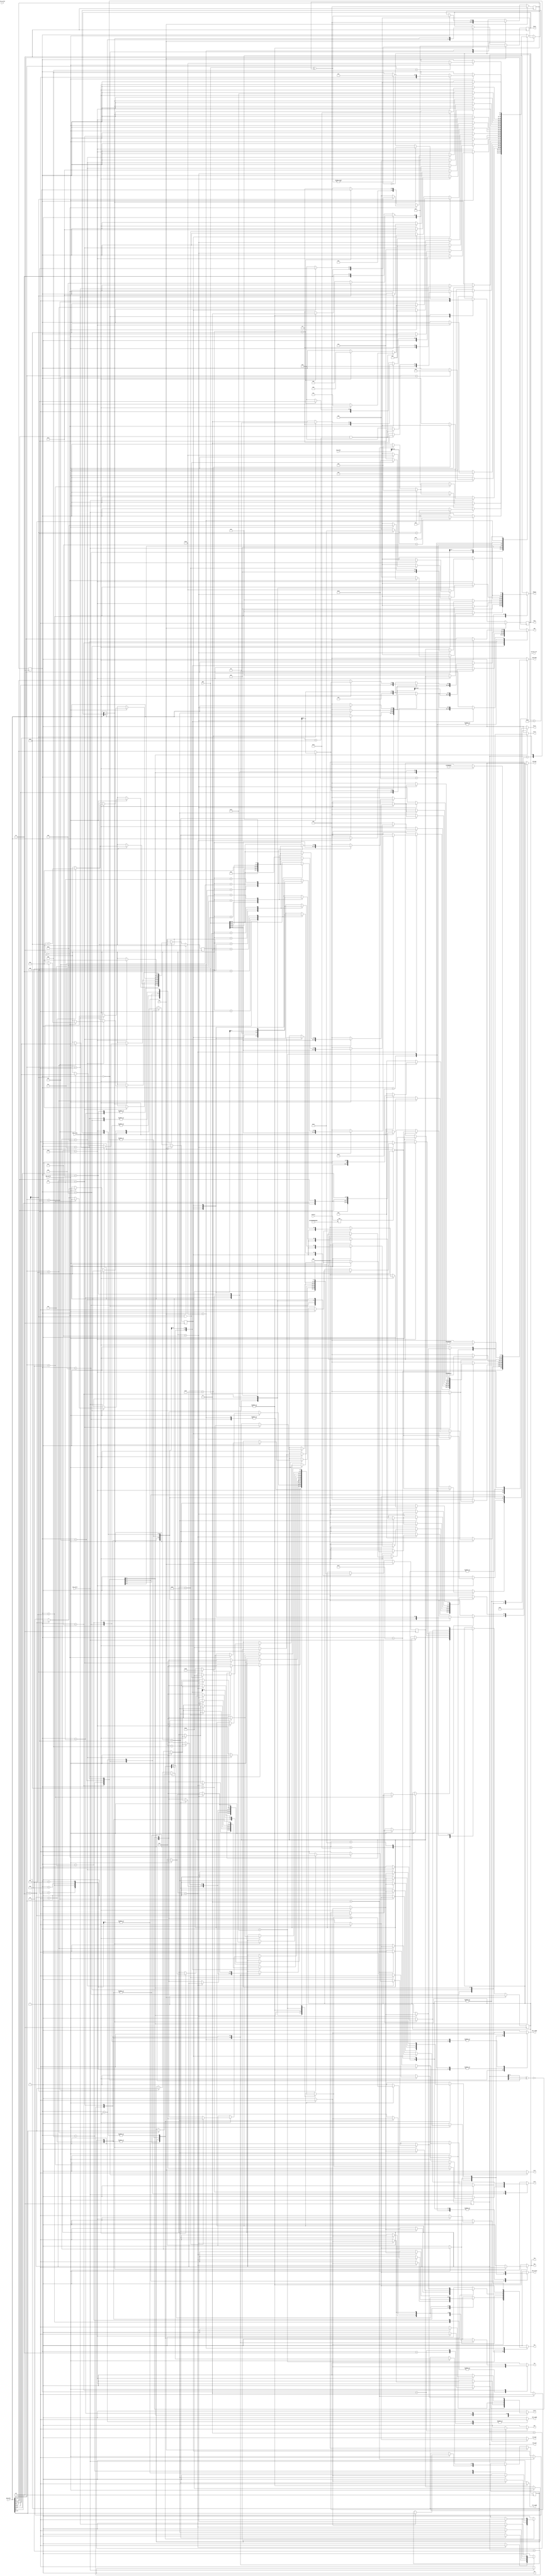
module api (/*AUTOARG*/
   // Outputs
   pdo_data, pdi, pdi_ready, sdi_ready, rdi_ready, pdo_valid, do_last,
   domain, decrypt, swr, srst, kwr, ken, kcrct, twr, ten, tcrct, crst,
   cen, ccrct, correct_cnt, rnd_cnst, tbcen, tk1s,
   // Inputs
   counter, pdi_data, pdo, sdi_data, pdi_valid, sdi_valid, rdi_valid,
   pdo_ready, clk, rst
   ) ;

   // Skinny Final Round Constant
   parameter FINCONST    = 7'b011010;
   // Block Counter Initial Constant
   parameter INITCTR     = 56'h02000000000000;
   parameter INITCTR2    = 56'h01000000000000;
   
   // API Commands : HASH not supported yet.    
   parameter ENC         = 4'h2;
   parameter DEC         = 4'h3;
   parameter LDKEY       = 4'h4;
   parameter ACTKEY      = 4'h7;
   parameter HASH        = 4'h8;
   parameter SUCCESS     = 4'he;
   parameter FAILURE     = 4'hf;

   // Segment Types : only AD, Npub, Ptxt, Ctxt
   // and Tg are supported.
   parameter RSVRD0      = 4'h0;
   parameter AD          = 4'h1;
   parameter NpubAD      = 4'h2;
   parameter ADNpub      = 4'h3;
   parameter Ptxt        = 4'h4;
   parameter Ctxt        = 4'h5;
   parameter CtxtTg      = 4'h6;
   parameter HshMsg      = 4'h7;
   parameter Tg          = 4'h8;
   parameter HshVlu      = 4'h9;
   parameter Length      = 4'ha;
   parameter RSVRD1      = 4'hb;
   parameter Key         = 4'hc;
   parameter Npub        = 4'hd;
   parameter Nsec        = 4'he;
   parameter EncNsec     = 4'hf;
   
   // Mode Domains              
   parameter adnormal    =  8;
   parameter adfinal     = 24;
   parameter adpadded    = 26;
   parameter msgnormal   =  4;
   parameter msgfinal    = 20;
   parameter msgpadded   = 21; 

   // FSM States
   parameter idle        =  0;
   parameter loadkey     =  1;
   parameter keyheader   =  2;
   parameter storekey    =  3;
   parameter nonceheader =  4;
   parameter storen      =  5;
   parameter adheader    =  6;
   parameter adheader2   =  7;
   parameter msgheader   =  8;
   parameter storeadsf   =  9;
   parameter storeadtf   = 10;
   parameter storeadsp   = 11;
   parameter storeadtp   = 12;
   parameter storemf     = 13;
   parameter storemp     = 14;
   parameter encryptad   = 15;
   parameter encryptn    = 16;
   parameter encryptm    = 17;
   parameter outputtag0  = 18;
   parameter outputtag1  = 19;   
   parameter verifytag0  = 20;
   parameter verifytag1  = 21;
   parameter statuse     = 22;  
   parameter statusdf    = 23;  
   parameter statusds    = 24;

   output reg [31:0] pdo_data, pdi;
   output reg        pdi_ready, sdi_ready, rdi_ready, pdo_valid, do_last;

   output reg [7:0]  domain;
   output reg [3:0]  decrypt;
   output reg        swr, srst;
   output reg        kwr, ken, kcrct;
   output reg        twr, ten, tcrct;
   output reg        crst, cen, ccrct;
   output reg        correct_cnt;
   output reg [5:0]  rnd_cnst;
   output reg [4:0]  tbcen;
   output reg        tk1s;
   
   input [55:0]      counter;   
   input [31:0]      pdi_data, pdo, sdi_data;
   input             pdi_valid, sdi_valid, rdi_valid, pdo_ready;

   input             clk, rst;

   reg [31:0] 	     tag_acc, tag_accn;   
   reg [4:0]         fsm, fsmn;
   reg [15:0]        seglen, seglenn;  
   reg [3:0]         flags, flagsn;
   reg               dec, decn;
   reg [7:0]         nonce_domain, nonce_domainn;
   reg [5:0]         cnt, cntn;
   reg [4:0]         tbcenn;   
   reg               correct_cntn;
   reg               st0, st0n;
   reg               c2, c2n;
   reg               tk1sn;

   wire [31:0] 	     final_tag_acc;   
   wire [3:0]        cmd, scmd;

   assign cmd  = pdi_data[31:28];
   assign scmd = sdi_data[31:28];  

   assign final_tag_acc = pdo ^ tag_acc; 

   always @ (posedge clk) begin
      if (rst) begin
         fsm          <= idle;
         seglen       <= 0;
         flags        <= 0;
         dec          <= 0;
         correct_cnt  <= 1;
         cnt          <= 6'h01;   
         st0          <= 0;
         c2           <= 0;        
         tk1s         <= 1;  
         tbcen        <= 5'h01;         
         nonce_domain <= adpadded; 
	 tag_acc <= 0;	 
      end
      else begin
         fsm          <= fsmn;
         seglen       <= seglenn;
         flags        <= flagsn;
         dec          <= decn;
         cnt          <= cntn;    
         nonce_domain <= nonce_domainn;
         st0          <= st0n;
         c2           <= c2n;
         tk1s         <= tk1sn;
         tbcen        <= tbcenn;        
         correct_cnt  <= correct_cntn;
	 tag_acc <= tag_accn;	 
      end
   end // always @ (posedge clk)

   always @ ( /*AUTOSENSE*/c2 or cmd or cnt or correct_cnt or counter
	     or dec or final_tag_acc or flags or fsm or nonce_domain
	     or pdi_data or pdi_valid or pdo or pdo_ready or scmd
	     or sdi_valid or seglen or st0 or tag_acc or tbcen or tk1s) begin
      pdo_data      <= 0;      
      pdi           <= pdi_data;    
      do_last       <= 0;               
      domain        <= 0;
      decrypt       <= 0;
      swr           <= 0;
      srst          <= 0;
      kwr           <= 0;
      ken           <= 0;
      kcrct         <= 0;
      twr           <= 0;
      ten           <= 0;
      tcrct         <= 0;
      crst          <= 0;
      cen           <= 0;
      ccrct         <= 0;
      tbcenn        <= tbcen;
      tk1sn         <= tk1s;      
      sdi_ready     <= 0;
      pdi_ready     <= 0;
      rdi_ready     <= 0;      
      pdo_valid     <= 0;
      nonce_domainn <= nonce_domain;      
      fsmn          <= fsm;
      seglenn       <= seglen; 
      flagsn        <= flags;
      decn          <= dec;
      correct_cntn  <= correct_cnt;
      st0n          <= st0;
      c2n           <= c2;           
      cntn          <= cnt;
      rnd_cnst      <= cnt;
      tag_accn      <= tag_acc;      
      case (fsm)
        idle: begin
           pdi_ready <= 1;
           srst <= 1;
           tk1sn <= 1;     
           nonce_domainn <= adpadded;
	   tag_accn <= 0;	   
           if (pdi_valid) begin
              if (cmd == ACTKEY) begin
                 fsmn <= loadkey;                
              end
              else if (cmd == ENC) begin
                 crst <= 1;
                 correct_cntn <= 1;
                 decn <= 0;
                 fsmn <= adheader;                  
              end
              else if (cmd == DEC) begin
                 crst <= 1;
                 correct_cntn <= 1;
                 decn <= 1;
                 fsmn <= adheader;                  
              end
           end     
        end // case: idle
        loadkey: begin
           sdi_ready <= 1;         
           if (sdi_valid) begin
              if (scmd == LDKEY) begin
                 fsmn <= keyheader;              
              end
           end
           else begin
              pdi_ready <= 1;
              if (pdi_valid) begin
                 if (cmd == ENC) begin
                    crst <= 1;
                    correct_cntn <= 1;
                    decn <= 0;
                    fsmn <= adheader;               
                 end
                 else if (cmd == DEC) begin
                    crst <= 1;
                    correct_cntn <= 1;
                    decn <= 1;
                    fsmn <= adheader;               
                 end
              end // if (pdi_valid)           
           end // else: !if(sdi_valid)     
        end // case: loadkey
        keyheader: begin
           sdi_ready <= 1;
           if (sdi_valid) begin
              if (scmd == Key) begin
                 fsmn <= storekey;               
              end
           end
        end // case: keyheader
        storekey: begin
           sdi_ready <= 1;
           if (sdi_valid) begin
              kwr <= 1;
              if (cnt == 6'h1f) begin
                 cntn <= 6'h01;
                 fsmn <= idle;
              end
              else begin
                 cntn <= {cnt[4:0], cnt[5]^cnt[4]^1'b1};
              end
           end
        end // case: storekey
        nonceheader: begin
           pdi_ready <= 1;
           if (pdi_valid) begin              
              if (cmd == Npub) begin
                 fsmn <= storen;             
              end             
           end
        end // case: nonceheader
        storen: begin
           pdi_ready <= 1;
           if (pdi_valid) begin
              twr <= 1;
              if (cnt == 6'h3b) begin
                 domain <= nonce_domain;
                 cntn <= 6'h01;
                 fsmn <= encryptn;
              end
           end
           else begin
              cntn <= {cnt[4:0], cnt[5]^cnt[4]^1'b1};                
           end
        end // case: storen
        adheader: begin
           pdi_ready <= 1;
           if (pdi_valid) begin
              if (cmd == AD) begin
                 seglenn <= pdi_data[15:0];
                 flagsn <= pdi_data[27:24];              
                 if ((pdi_data[25] == 1) && (pdi_data[15:0] < 16)) begin
                    fsmn <= storeadsp;
                 end
                 else begin
                    fsmn <= storeadsf;
                 end
              end             
           end // if (pdi_valid)           
        end // case: adheader
        adheader2: begin
           pdi_ready <= 1;
           if (pdi_valid) begin              
              if (cmd == AD) begin
                 seglenn <= pdi_data[15:0];
                 flagsn <= pdi_data[27:24];              
                 if ((pdi_data[25] == 1) && (pdi_data[15:0] < 16)) begin
                    fsmn <= storeadtp;
                 end
                 else begin
                    fsmn <= storeadtf;
                 end
              end             
           end
        end // case: adheader2
        storeadsf: begin    
       	   if (pdi_valid) begin
	      pdi_ready <= 1;           
	      swr <= 1;
	      if (cnt == 5'h01) begin
                 seglenn <= seglen - 16;
	      end       
	      if (cnt == 6'h3b) begin
                 if (counter != INITCTR2) begin
                    kcrct <= 1;
                 end 
                 cntn <= 6'h01;
                 ccrct <= 1;
                 if (seglen == 0) begin          
                    if (flags[1] == 1) begin
		       fsmn <= nonceheader;
		       nonce_domainn <= adfinal;
		       domain <= adfinal;                   
                    end
                    else begin
		       fsmn <= adheader2;
		       domain <= adnormal;                  
                    end
                 end
                 else if (seglen < 16) begin
                    fsmn <= storeadtp;
                    domain <= adnormal;
                 end
                 else begin
                    fsmn <= storeadtf;
                    domain <= adnormal;
                 end
	      end // if (cnt == 6'h3b)
	      else begin
                 cntn <= {cnt[4:0], cnt[5]^cnt[4]^1'b1};                
	      end // else: !if(cnt == 6'h3b)
	   end // if (pdi_valid)	      	   
        end // case: storeadsf  
        storeadsp: begin
           case (cnt) 
             6'h01: begin
                if (seglen > 0) begin                   
                   if (pdi_valid) begin
                      pdi_ready <= 1;
                      swr <= 1;
                      cntn <= {cnt[4:0], cnt[5]^cnt[4]^1'b1};           
                   end                     
                end // if (seglen >= 0)
                else begin
                   pdi <= 0;               
                   swr <= 1;
                   cntn <= {cnt[4:0], cnt[5]^cnt[4]^1'b1};
                end // else: !if(seglen >= 0)
             end // case: 6'h01      
             6'h03: begin
                if (seglen > 0) begin                   
                   if (pdi_valid) begin
                      pdi_ready <= 1;
                      swr <= 
                      cntn <= {cnt[4:0], cnt[5]^cnt[4]^1'b1};           
                   end                     
                end // if (seglen >= 0)
                else begin
                   pdi <= 0;               
                   swr <= 1;
                   cntn <= {cnt[4:0], cnt[5]^cnt[4]^1'b1};
                end             
             end // case: 6'h03
             6'h07: begin
                if (seglen > 4) begin
                   if (pdi_valid) begin
		      pdi_ready <= 1;
		      swr <= 1;
		      cntn <= {cnt[4:0], cnt[5]^cnt[4]^1'b1};           
                   end                     
                end // if (seglen >= 0)
                else begin
		   pdi <= 0;               
		   swr <= 1;
		   cntn <= {cnt[4:0], cnt[5]^cnt[4]^1'b1};
		end // else: !if(seglen > 4)
	     end // case: 6'h07	     
             6'h0f: begin
		if (seglen > 4) begin
                   if (pdi_valid) begin
		      pdi_ready <= 1;
		      swr <= 1;
		      cntn <= {cnt[4:0], cnt[5]^cnt[4]^1'b1};           
                   end                     
                end // if (seglen >= 0)
                else begin
		   pdi <= 0;               
		   swr <= 1;
		   cntn <= {cnt[4:0], cnt[5]^cnt[4]^1'b1};
		end // else: !if(seglen > 4)
             end // case: 6'h0f      
             6'h1f: begin
                if (seglen > 8) begin
		   if (pdi_valid) begin
		      pdi_ready <= 1;
		      swr <= 1;
		      cntn <= {cnt[4:0], cnt[5]^cnt[4]^1'b1};           
                   end                 
                end // if (seglen >= 0)
                else begin
		   pdi <= 0;               
		   swr <= 1;
		   cntn <= {cnt[4:0], cnt[5]^cnt[4]^1'b1};
                end // else: !if(seglen > 8)		
             end // case: 6'h1f      
             6'h3e: begin
		if (seglen > 8) begin
		   if (pdi_valid) begin
		      pdi_ready <= 1;		      
		      swr <= 1;
		      cntn <= {cnt[4:0], cnt[5]^cnt[4]^1'b1};           
                   end                 
                end // if (seglen >= 0)
                else begin		   
		   pdi <= 0;               
		   swr <= 1;
		   cntn <= {cnt[4:0], cnt[5]^cnt[4]^1'b1};
                end // else: !if(seglen > 8)
             end // case: 6'h3e
             6'h3d: begin
                if (seglen > 12) begin
                   pdi_ready <= 1;                 
                   if (pdi_valid) begin                      
                      swr <= 1;
                      cntn <= {cnt[4:0], cnt[5]^cnt[4]^1'b1};           
                   end                     
                end // if (seglen >= 0)
                else begin
                   pdi <= 0;               
                   swr <= 1;
                   cntn <= {cnt[4:0], cnt[5]^cnt[4]^1'b1};                                 
                end // else: !if(seglen >= 0)
             end // case: 6'h3d                   
             6'h3b: begin
                seglenn <= 0;
                if (seglen > 12) begin
                   pdi_ready <= 1;
                   if (pdi_valid) begin
                      if (counter != INITCTR2) begin
                         kcrct <= 1;
                      end                       
                      pdi <= {pdi_data[31:4],seglen[3:0]};                                 
                      swr <= 1;
                      ccrct <= 1;
                      domain <= adpadded;
                      nonce_domainn <= adpadded;                      
                      cntn <= 6'h01;
                      fsmn <= nonceheader;                    
                   end                     
                end // if (seglen >= 0)
                else begin
                   if (counter != INITCTR2) begin
                      kcrct <= 1;
                   end 
                   pdi <= {28'h0,seglen[3:0]};                  
                   swr <= 1;
                   ccrct <= 1;             
                   domain <= nonce_domain;
                   nonce_domainn <= adpadded;                 
                   cntn <= 6'h01;
                   fsmn <= nonceheader;               
                end                             
             end // case: 6'h0F      
           endcase // case (cnt)              
        end // case: storeadsp
        storeadtf: begin
           if (pdi_valid) begin
              pdi_ready <= 1; 
              twr <= 1;       
              if (cnt == 5'h01) begin
                 seglenn <= seglen - 16;
              end                                 
              if (cnt == 6'h0f) begin
                 cntn <= 6'h01;
                 if (flags[1] == 1) begin
                    nonce_domainn <= adfinal;                 
                 end
                 fsmn <= encryptad;
              end
              else begin
                 cntn <= {cnt[4:0], cnt[5]^cnt[4]^1'b1};                
              end
           end     
        end // case: storeadtf
        storeadtp: begin
           case (cnt) 
             6'h01: begin
                if (seglen > 0) begin
                   pdi_ready <= 1;                 
                   if (pdi_valid) begin                      
                      twr <= 1;
                      cntn <= {cnt[4:0], cnt[5]^cnt[4]^1'b1};           
                   end                     
                end 
                else begin
                   pdi <= 0;
                   twr <= 1;
                   cntn <= {cnt[4:0], cnt[5]^cnt[4]^1'b1};                                 
                end 
             end // case: 6'h01      
             6'h03: begin
                if (seglen > 4) begin
                   pdi_ready <= 1;
                   if (pdi_valid) begin
                      twr <= 1;
                      cntn <= {cnt[4:0], cnt[5]^cnt[4]^1'b1};           
                   end                     
                end 
                else begin
                   pdi <= 0;
                   twr <= 1;
                   cntn <= {cnt[4:0], cnt[5]^cnt[4]^1'b1};
                end
             end // case: 6'h03      
             6'h07: begin
                if (seglen > 8) begin
                   pdi_ready <= 1;                 
                   if (pdi_valid) begin                      
                      twr <= 1;
                      cntn <= {cnt[4:0], cnt[5]^cnt[4]^1'b1};           
                   end                     
                end 
                else begin
                   pdi <= 0;
                   twr <= 1;
                   cntn <= {cnt[4:0], cnt[5]^cnt[4]^1'b1};
                end             
             end // case: 6'h07      
             6'h0F: begin
                seglenn <= 0;
                if (seglen > 12) begin
                   pdi_ready <= 1;
                   if (pdi_valid) begin                      
                      pdi <= {pdi_data[31:4],seglen[3:0]};
                      twr <= 1;
                      cntn <= 6'h01;
                      nonce_domainn <= adpadded;                      
                      fsmn <= encryptad;                      
                   end                     
                end
                else begin
                   pdi <= {28'h0,seglen[3:0]};  
                   twr <= 1;                
                   nonce_domainn <= adpadded;                 
                   cntn <= 6'h01;
                   fsmn <= encryptad;                 
                end                             
             end // case: 6'h0F      
           endcase // case (cnt)              
        end // case: storeadtp
        msgheader: begin           
           if (pdi_valid) begin
              if (dec) begin
                 if (cmd == Ctxt) begin
                    seglenn <= pdi_data[15:0];
                    flagsn <= pdi_data[27:24];
                    if ((pdi_data[25] == 1) && (pdi_data[15:0] < 16)) begin
                       if (pdo_ready) begin
                          fsmn <= storemp;
                          pdi_ready <= 1;
                          pdo_valid <= 1;
                          pdo_data <= {Ptxt,pdi_data[27],1'b0,pdi_data[25],pdi_data[25],pdi_data[23:0]};
                       end
                    end             
                    else begin
                       if (pdo_ready) begin
                          pdi_ready <= 1;
                          fsmn <= storemf;
                          pdo_valid <= 1;
                          pdo_data <= {Ptxt,pdi_data[27],1'b0,pdi_data[25],pdi_data[25],pdi_data[23:0]};
                       end
                    end
                 end // if (cmd == Ctxt)                 
              end // if (dec)         
              else begin
                 if (cmd == Ptxt) begin
                    seglenn <= pdi_data[15:0];
                    flagsn <= pdi_data[27:24];
                    if ((pdi_data[25] == 1) && (pdi_data[15:0] < 16)) begin
                       if (pdo_ready) begin
                          fsmn <= storemp;
                          pdi_ready <= 1;
                          pdo_valid <= 1;
                          pdo_data <= {Ctxt,pdi_data[27],1'b0,pdi_data[25],1'b0,pdi_data[23:0]};
                       end
                    end             
                    else begin
                       if (pdo_ready) begin
                          pdi_ready <= 1;
                          fsmn <= storemf;
                          pdo_valid <= 1;
                          pdo_data <= {Ctxt,pdi_data[27],1'b0,pdi_data[25],1'b0,pdi_data[23:0]};
                       end                  
                    end // else: !if((pdi_data[25] == 1) && (pdi_data[15:0] < 16))
                 end // if (cmd == Ptxt)                 
              end // else: !if(dec)           
           end // if (pdi_valid)
        end // case: msgheader
        storemf: begin
           if (pdi_valid) begin
	      if (pdo_ready) begin
                 decrypt <= {dec,dec,dec,dec};           
                 pdo_valid <= 1;
                 pdo_data <= pdo;                
                 pdi_ready <= 1;                 
                 swr <= 1;
                 if (cnt == 5'h01) begin
                    seglenn <= seglen - 16;
                 end
                 if (cnt == 5'h3b) begin
                    ccrct <= 1;
                    tcrct <= 1;
                    kcrct <= 1;
                    correct_cntn <= 1;        
                    if ((seglen == 0) && (flags[1] == 1)) begin
		       domain <= msgfinal;
		       nonce_domainn <= adpadded;                      
                    end
                    else begin
		       domain <= msgnormal;                    
                    end
                    cntn <= 6'h01;
                    fsmn <= encryptm;               
                 end // if (cnt == 5'h3b)                
                 else begin
                    cntn <= {cnt[4:0], cnt[5]^cnt[4]^1'b1};                
                 end // else: !if(cnt == 5'h3b)
	      end // if (pdo_ready)		 
           end // if (pdi_valid)
        end // case: storemf
        storemp: begin
           case (cnt) 
             6'h01: begin               
                if (seglen > 0) begin
                   if (pdo_ready) begin
                      if (pdi_valid) begin
                         pdo_valid <= 1;
                         case (seglen) 
                           1: begin
                              pdo_data <= {pdo[31:24],24'h0};
                              decrypt <= {dec,3'b0};             
                           end
                           2: begin
                              pdo_data <= {pdo[31:16],16'h0};
                              decrypt <= {dec,dec,2'b0};                 
                           end
                           3: begin
                              pdo_data <= {pdo[31:8],8'h0};
                              decrypt <= {dec,dec,dec,1'b0};             
                           end
                           default: begin
                              pdo_data <= pdo;          
                              decrypt <= {dec,dec,dec,dec};                           
                           end
                         endcase // case (seglen)                        
                         pdi_ready <= 1;
                         swr <= 1;
                         cntn <= {cnt[4:0], cnt[5]^cnt[4]^1'b1};           
                      end                     
                   end             
                end             
                else begin
                   pdi <= 0;
		   swr <= 1;
		   cntn <= {cnt[4:0], cnt[5]^cnt[4]^1'b1};
		end // else: !if(seglen >= 0)
             end // case: 6'h01
             6'h03: begin               
                if (seglen > 0) begin
                   if (pdo_ready) begin
                      if (pdi_valid) begin
                         pdo_valid <= 1;
                         case (seglen) 
                           1: begin
                              pdo_data <= {pdo[31:24],24'h0};
                              decrypt <= {dec,3'b0};             
                           end
                           2: begin
                              pdo_data <= {pdo[31:16],16'h0};
                              decrypt <= {dec,dec,2'b0};                 
                           end
                           3: begin
                              pdo_data <= {pdo[31:8],8'h0};
                              decrypt <= {dec,dec,dec,1'b0};             
                           end
                           default: begin
                              pdo_data <= pdo;          
                              decrypt <= {dec,dec,dec,dec};                           
                           end
                         endcase // case (seglen)                        
                         pdi_ready <= 1;
                         swr <= 1;
                         cntn <= {cnt[4:0], cnt[5]^cnt[4]^1'b1};           
                      end                     
                   end             
                end             
                else begin
                   pdi <= 0;
		   swr <= 1;
                   cntn <= {cnt[4:0], cnt[5]^cnt[4]^1'b1};
                end // else: !if(seglen >= 0)
             end // case: 6'h03      
             6'h07: begin
                if (seglen > 4) begin
                   if (pdo_ready) begin
                      if (pdi_valid) begin
                         pdo_valid <= 1;
                         case (seglen) 
                           5: begin
                              pdo_data <= {pdo[31:24],24'h0};           
                              decrypt <= {dec,3'b0};                          
                           end
                           6: begin
                              pdo_data <= {pdo[31:16],16'h0};
                              decrypt <= {dec,dec,2'b0};                 
                           end
                           7: begin
                              pdo_data <= {pdo[31:8],8'h0};
                              decrypt <= {dec,dec,dec,1'b0};             
                           end
                           default: begin
                              pdo_data <= pdo;          
                              decrypt <= {dec,dec,dec,dec};                           
                           end
                         endcase // case (seglen)                        
                         pdi_ready <= 1;
                         swr <= 1;
                         cntn <= {cnt[4:0], cnt[5]^cnt[4]^1'b1};
                      end               
                   end      
                end // if (seglen >= 0)
                else begin
                   pdi <= 0;
		   swr <= 1;
                   cntn <= {cnt[4:0], cnt[5]^cnt[4]^1'b1};
                end             
             end // case: 6'h07      
             6'h0f: begin
                if (seglen > 4) begin
                   if (pdo_ready) begin
                      if (pdi_valid) begin
                         pdo_valid <= 1;
                         case (seglen) 
                           9: begin
                              pdo_data <= {pdo[31:24],24'h0};           
                              decrypt <= {dec,3'b0};             
                           end
                           10: begin
                              pdo_data <= {pdo[31:16],16'h0};
                              decrypt <= {dec,dec,2'b0};                 
                           end
                           11: begin
                              pdo_data <= {pdo[31:8],8'h0};
                              decrypt <= {dec,dec,dec,1'b0};             
                           end
                           default: begin
                              pdo_data <= pdo;          
                              decrypt <= {dec,dec,dec,dec};                           
                           end
                         endcase // case (seglen)    
                         pdi_ready <= 1;  
                         swr <= 1;
                         cntn <= {cnt[4:0], cnt[5]^cnt[4]^1'b1};
                      end               
                   end      
                end // if (seglen >= 0)
                else begin
                   pdi <= 0;   
                   swr <= 1;
		   cntn <= {cnt[4:0], cnt[5]^cnt[4]^1'b1};
                end             
             end // case: 6'h0f 
             6'h1f: begin
                if (seglen > 8) begin
                   if (pdo_ready) begin
                      if (pdi_valid) begin
                         pdo_valid <= 1;
                         case (seglen) 
                           9: begin
                              pdo_data <= {pdo[31:24],24'h0};           
                              decrypt <= {dec,3'b0};             
                           end
                           10: begin
                              pdo_data <= {pdo[31:16],16'h0};
                              decrypt <= {dec,dec,2'b0};                 
                           end
                           11: begin
                              pdo_data <= {pdo[31:8],8'h0};
                              decrypt <= {dec,dec,dec,1'b0};             
                           end
                           default: begin
                              pdo_data <= pdo;          
                              decrypt <= {dec,dec,dec,dec};                           
                           end
                         endcase // case (seglen)                                                
                         pdi_ready <= 1;  
                         swr <= 1;
                         cntn <= {cnt[4:0], cnt[5]^cnt[4]^1'b1};
                      end               
                   end      
                end // if (seglen >= 0)
                else begin
                   pdi <= 0;
                   swr <= 1;
                   cntn <= {cnt[4:0], cnt[5]^cnt[4]^1'b1};
                end             
             end // case: 6'h1f
             6'h3e: begin
                if (seglen > 8) begin
                   if (pdo_ready) begin
                      if (pdi_valid) begin
                         pdo_valid <= 1;
                         case (seglen) 
                           9: begin
                              pdo_data <= {pdo[31:24],24'h0};           
                              decrypt <= {dec,3'b0};             
                           end
                           10: begin
                              pdo_data <= {pdo[31:16],16'h0};
                              decrypt <= {dec,dec,2'b0};                 
                           end
                           11: begin
                              pdo_data <= {pdo[31:8],8'h0};
                              decrypt <= {dec,dec,dec,1'b0};             
                           end
                           default: begin
                              pdo_data <= pdo;          
                              decrypt <= {dec,dec,dec,dec};                           
                           end
                         endcase // case (seglen)                                                
                         pdi_ready <= 1;
                         swr <= 1;
                         cntn <= {cnt[4:0], cnt[5]^cnt[4]^1'b1};
                      end               
                   end      
                end // if (seglen >= 0)
                else begin
                   pdi <= 0;
                   swr <= 1;
                   cntn <= {cnt[4:0], cnt[5]^cnt[4]^1'b1};
                end             
             end // case: 6'h3e
             6'h3d: begin
                if (seglen > 12) begin
                   if (pdo_ready) begin
                      if (pdi_valid) begin
                         pdo_valid <= 1;
                         case (seglen) 
                           9: begin
                              pdo_data <= {pdo[31:24],24'h0};           
                              decrypt <= {dec,3'b0};             
                           end
                           10: begin
                              pdo_data <= {pdo[31:16],16'h0};
                              decrypt <= {dec,dec,2'b0};                 
                           end
                           11: begin
                              pdo_data <= {pdo[31:8],8'h0};
                              decrypt <= {dec,dec,dec,1'b0};             
                           end
                           default: begin
                              pdo_data <= pdo;          
                              decrypt <= {dec,dec,dec,dec};                           
                           end
                         endcase // case (seglen)                                                
                         pdi_ready <= 1;
                         swr <= 1;
                         cntn <= {cnt[4:0], cnt[5]^cnt[4]^1'b1};
                      end
                   end // if (pdo_ready)                   
                end // if (seglen >= 0)
                else begin
                   pdi <= 0;
                   swr <= 1;
                   cntn <= {cnt[4:0], cnt[5]^cnt[4]^1'b1};
                end             
             end // case: 6'h3d      
             6'h3b: begin
                seglenn <= 0;
                if (seglen > 12) begin
                   if (pdo_ready) begin               
                      if (pdi_valid) begin
                         pdo_valid <= 1;
                         case (seglen) 
                           13: begin
                              pdo_data <= {pdo[31:24],24'h0};           
                              decrypt <= {dec,3'b0};                          
                           end
                           14: begin
                              pdo_data <= {pdo[31:16],16'h0};
                              decrypt <= {dec,dec,2'b0};                 
                           end
                           15: begin
                              pdo_data <= {pdo[31:8],8'h0};
                              decrypt <= {dec,dec,dec,1'b0};             
                           end
                           default: begin
                              pdo_data <= pdo;          
                              decrypt <= {dec,dec,dec,dec};              
                           end
                         endcase // case (seglen)                                                
                         domain <= msgpadded;
                         kcrct <= 1;
                         correct_cntn <= 1;
                         tcrct <= 1;
                         kcrct <= 1;
                         pdi_ready <= 1;
                         pdi <= {pdi_data[31:4],seglen[3:0]};
                         swr <= 1;
                         cntn <= 6'h01;
                         fsmn <= encryptm;               
                      end            
                   end         
                end // if (seglen >= 0)
                else begin
                   domain <= msgpadded;
                   ccrct <= 1;
                   correct_cntn <= 1;
                   tcrct <= 1;
                   kcrct <= 1;
                   pdi <= {28'h0,seglen[3:0]};
                   swr <= 1;
                   cntn <= 6'h01;
                   fsmn <= encryptm;                  
                end                             
             end // case: 6'h3b      
           endcase // case (cnt)                   
        end // case: storemp
        encryptad: begin
           correct_cntn <= 0;
           tbcenn <= {tbcen[3:0],tbcen[4]};
	   rdi_ready <= 1;	      
           if (tbcen[4]) begin	      
              tk1sn <= ~tk1s;
              ken <= 1;
              ten <= 1;     
              cntn <= {cnt[4:0],cnt[5]^cnt[4]^1'b1};
              if (cnt == FINCONST) begin                 
                 cntn <= 6'h01;
                 if (seglen == 0) begin
                    if (flags[1] == 1) begin                
                       fsmn <= storeadsp;
                       seglenn <= 0;
                       st0n <= 1;
                       c2n <= 0;        
                    end
                    else begin
                       correct_cntn <= 1;
                       ccrct <= 1;
                       fsmn <= adheader;
                       c2n <= 1;                  
                    end // else: !if(flags[1] == 1)
                 end // if (seglen == 0)
                 else if (seglen < 16) begin
                    correct_cntn <= 1;
                    fsmn <= storeadsp;
                    ccrct <= 1;
                    c2n <= 1;
                 end                             
                 else begin
                    correct_cntn <= 1;
                    fsmn <= storeadsf;
                    ccrct <= 1;
                    c2n <= 1;
                 end // else: !if(seglen < 16)           
              end // if (cnt == FINCONST)             
           end // if (tbcen[4])    
        end // case: encryptad  
        encryptn: begin
	   rdi_ready <= 1;	      
           correct_cntn <= 0;
           tbcenn <= {tbcen[3:0],tbcen[4]};        
           if (tbcen[4]) begin	      
              tk1sn <= ~tk1s;
              ken <= 1;
              ten <= 1;       
              cntn <= {cnt[4:0],cnt[5]^cnt[4]^1'b1};
              if (cnt == FINCONST) begin
                 cntn <= 6'h01;
                 fsmn <= msgheader;
                 crst <= 1;
                 correct_cntn <= 1;
                 c2n <= 1;               
              end             
           end // if (tbcen[4])    
        end // case: encryptn
        encryptm: begin
           correct_cntn <= 0;
	   rdi_ready <= 1;	      
           tbcenn <= {tbcen[3:0],tbcen[4]};        
           if (tbcen[4]) begin	      
              tk1sn <= ~tk1s;
              ken <= 1;
              ten <= 1;       
              cntn <= {cnt[4:0],cnt[5]^cnt[4]^1'b1};
              if (cnt == FINCONST) begin
                 cntn <= 6'h01;
                 if (seglen == 0) begin                           
                    if (flags[1] == 1) begin
                       if (dec == 1) begin
                          fsmn <= verifytag0;
                       end
                       else begin
                          fsmn <= outputtag0;
                       end
                       seglenn <= 0;           
                       st0n <= 1;
                       c2n <= 0;               
                    end
                    else begin
                       fsmn <= msgheader;
                       c2n <= 1;                  
                    end
                 end // if (seglen == 0)                 
                 else if (seglen < 16) begin
                    fsmn <= storemp;
                    c2n <= 1;
                 end
                 else begin
                    fsmn <= storemf;
                    c2n <= 1;
                 end
              end // if (cnt == FINCONST)             
           end // if (tbcen[4])    
        end // case: encryptm
        outputtag0: begin
           if (pdo_ready) begin
              pdi <= 0;    
              pdo_valid <= 1;      
              pdo_data <= {Tg,4'h3,8'h0,16'h010};
              fsmn <= outputtag1;             
           end
        end // case: outputtag0
        outputtag1: begin
           if (pdo_ready) begin
              pdi <= 0; 
              swr <= 1;
              pdo_valid <= 1;      
              pdo_data <= pdo;
              cntn <= {cnt[4:0], cnt[5]^cnt[4]^1'b1};
              if (cnt == 6'h3b) begin
                 fsmn <= statuse;
                 cntn <= 6'h01;
              end
           end // if (pdo_ready)           
        end // case: outputtag1
        statuse: begin
           if (pdo_ready) begin
              pdo_valid <= 1;
              pdo_data <= {SUCCESS, 28'h0};
              do_last <= 1;
              fsmn <= idle;
              kcrct <= 1;
           end
        end // case: statuse
        verifytag0: begin
           pdi_ready <= 1;
           if (pdi_valid) begin
              if (cmd == Tg) begin
                 fsmn <= verifytag1;                 
              end             
           end     
        end // case: verifytag0
        verifytag1: begin
           if (pdi_valid) begin
              pdi_ready <= 1;
	      tag_accn <= final_tag_acc;	      
              if (cnt == 6'h3b) begin
                 cntn <= 6'h01;
                 if (final_tag_acc != 32'h0) begin
                    fsmn <= statusdf;
                 end
                 else begin
                    fsmn <= statusds;
                 end // else: !if((pdo != 32'h0) || (dec == 0))          
              end // if (cnt == 6'h0F)
              else begin
                 cntn <= {cnt[4:0], cnt[5]^cnt[4]^1'b1}; 
                 swr <= 1;               
              end // else: !if(cnt == 6'h0F)          
           end // if (pdi_valid)           
        end // case: verifytag1
        statusds: begin
           if (pdo_ready) begin
              pdo_valid <= 1;
              pdo_data <= {SUCCESS, 28'h0};
              do_last <= 1;
              fsmn <= idle;
              kcrct <= 1;
           end
        end // case: statusds   
        statusdf: begin
           if (pdo_ready) begin
              pdo_valid <= 1;
              pdo_data <= {FAILURE, 28'h0};
              do_last <= 1;
              fsmn <= idle;
              kcrct <= 1;
           end
        end // case: statusdf   
      endcase // case (fsm)      
   end // always @ (...   
      
endmodule